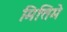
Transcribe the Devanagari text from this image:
मित्तिमे